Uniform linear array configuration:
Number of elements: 16
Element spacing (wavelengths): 0.75
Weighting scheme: kaiser
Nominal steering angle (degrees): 45
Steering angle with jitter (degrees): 46.611
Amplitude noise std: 0.05
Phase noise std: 0.05

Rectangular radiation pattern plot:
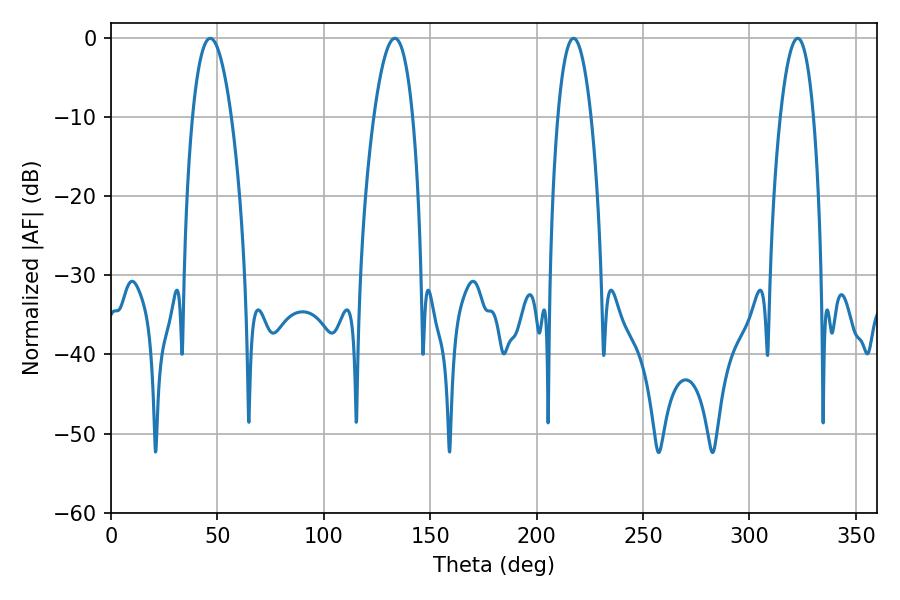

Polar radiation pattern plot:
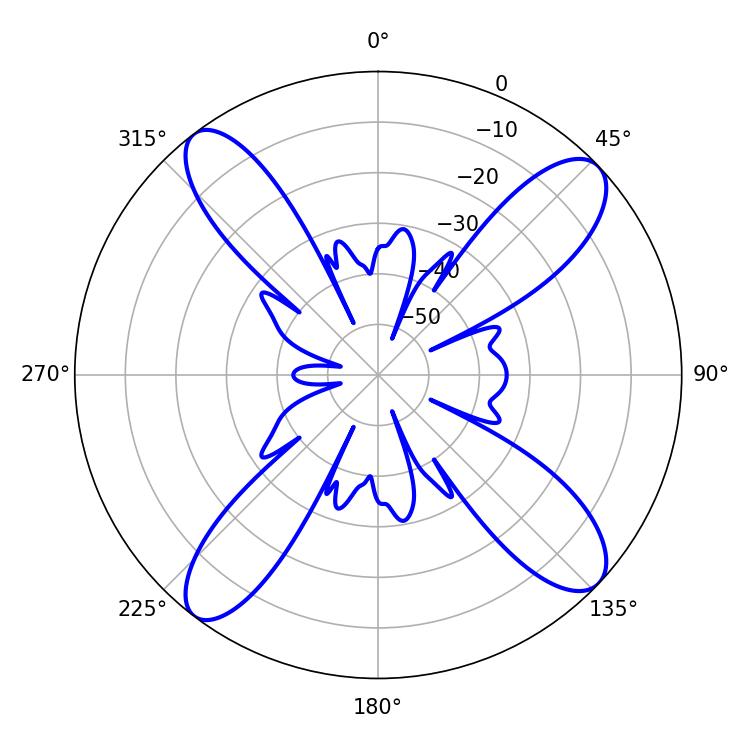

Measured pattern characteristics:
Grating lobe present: TRUE
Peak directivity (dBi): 14.051
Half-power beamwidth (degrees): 10.08
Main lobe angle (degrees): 46.62